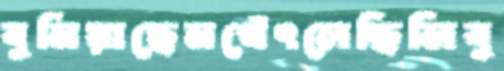
বুনিয়াছেনথেঁৎলেছিলিবু